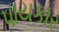
પાયકાર